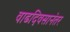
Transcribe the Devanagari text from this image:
वाढदिवसानंतर